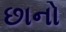
છાનો